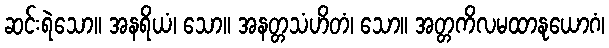
ဆင်းရဲသော။ အနရိယံ၊ သော။ အနတ္တသံဟိတံ၊ သော။ အတ္တကိလမထာနုယောဂံ၊